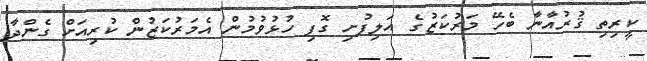
ކީރިތި ޤުރުއާނާ ބެހޭ މަަރުކަޒުގެ އަލިފުށި ގޮފި ހުޅުވުމުން އެމަރުކަޒުން ކުރިއަށް ގެންދާ